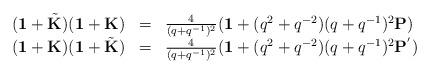
LaTeX: \begin{align*}\begin{array}{rcl}({\bf 1}+\tilde{\bf K})({\bf 1}+{\bf K})&=&\frac{4}{(q+q^{-1})^{2}}({\bf 1}+(q^{2}+q^{-2})(q+q^{-1})^{2}{\bf P})\\({\bf 1}+{\bf K})({\bf 1}+\tilde{\bf K})&=&\frac{4}{(q+q^{-1})^{2}}({\bf 1}+(q^{2}+q^{-2})(q+q^{-1})^{2}{\bf P}^{'})\end{array}\end{align*}